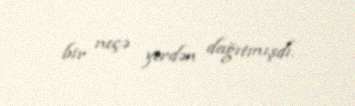
bir neçə yerdən dağıtmışdı.